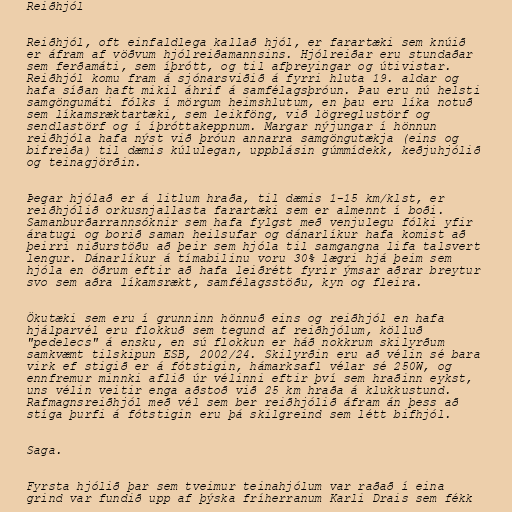
Reiðhjól

Reiðhjól, oft einfaldlega kallað hjól, er farartæki sem knúið
er áfram af vöðvum hjólreiðamannsins. Hjólreiðar eru stundaðar
sem ferðamáti, sem íþrótt, og til afþreyingar og útivistar.
Reiðhjól komu fram á sjónarsviðið á fyrri hluta 19. aldar og
hafa síðan haft mikil áhrif á samfélagsþróun. Þau eru nú helsti
samgöngumáti fólks í mörgum heimshlutum, en þau eru líka notuð
sem líkamsræktartæki, sem leikföng, við lögreglustörf og
sendlastörf og í íþróttakeppnum. Margar nýjungar í hönnun
reiðhjóla hafa nýst við þróun annarra samgöngutækja (eins og
bifreiða) til dæmis kúlulegan, uppblásin gúmmídekk, keðjuhjólið
og teinagjörðin.

Þegar hjólað er á litlum hraða, til dæmis 1-15 km/klst, er
reiðhjólið orkusnjallasta farartæki sem er almennt í boði.
Samanburðarrannsóknir sem hafa fylgst með venjulegu fólki yfir
áratugi og borið saman heilsufar og dánarlíkur hafa komist að
þeirri niðurstöðu að þeir sem hjóla til samgangna lifa talsvert
lengur. Dánarlíkur á tímabilinu voru 30% lægri hjá þeim sem
hjóla en öðrum eftir að hafa leiðrétt fyrir ýmsar aðrar breytur
svo sem aðra líkamsrækt, samfélagsstöðu, kyn og fleira.

Ökutæki sem eru í grunninn hönnuð eins og reiðhjól en hafa
hjálparvél eru flokkuð sem tegund af reiðhjólum, kölluð
"pedelecs" á ensku, en sú flokkun er háð nokkrum skilyrðum
samkvæmt tilskipun ESB, 2002/24. Skilyrðin eru að vélin sé bara
virk ef stigið er á fótstigin, hámarksafl vélar sé 250W, og
ennfremur minnki aflið úr vélinni eftir því sem hraðinn eykst,
uns vélin veitir enga aðstoð við 25 km hraða á klukkustund.
Rafmagnsreiðhjól með vél sem ber reiðhjólið áfram án þess að
stíga þurfi á fótstigin eru þá skilgreind sem létt bifhjól.

Saga.

Fyrsta hjólið þar sem tveimur teinahjólum var raðað í eina
grind var fundið upp af þýska fríherranum Karli Drais sem fékk